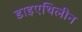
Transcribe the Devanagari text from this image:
डाइएथिलीन